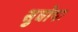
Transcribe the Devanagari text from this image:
सुघोषः